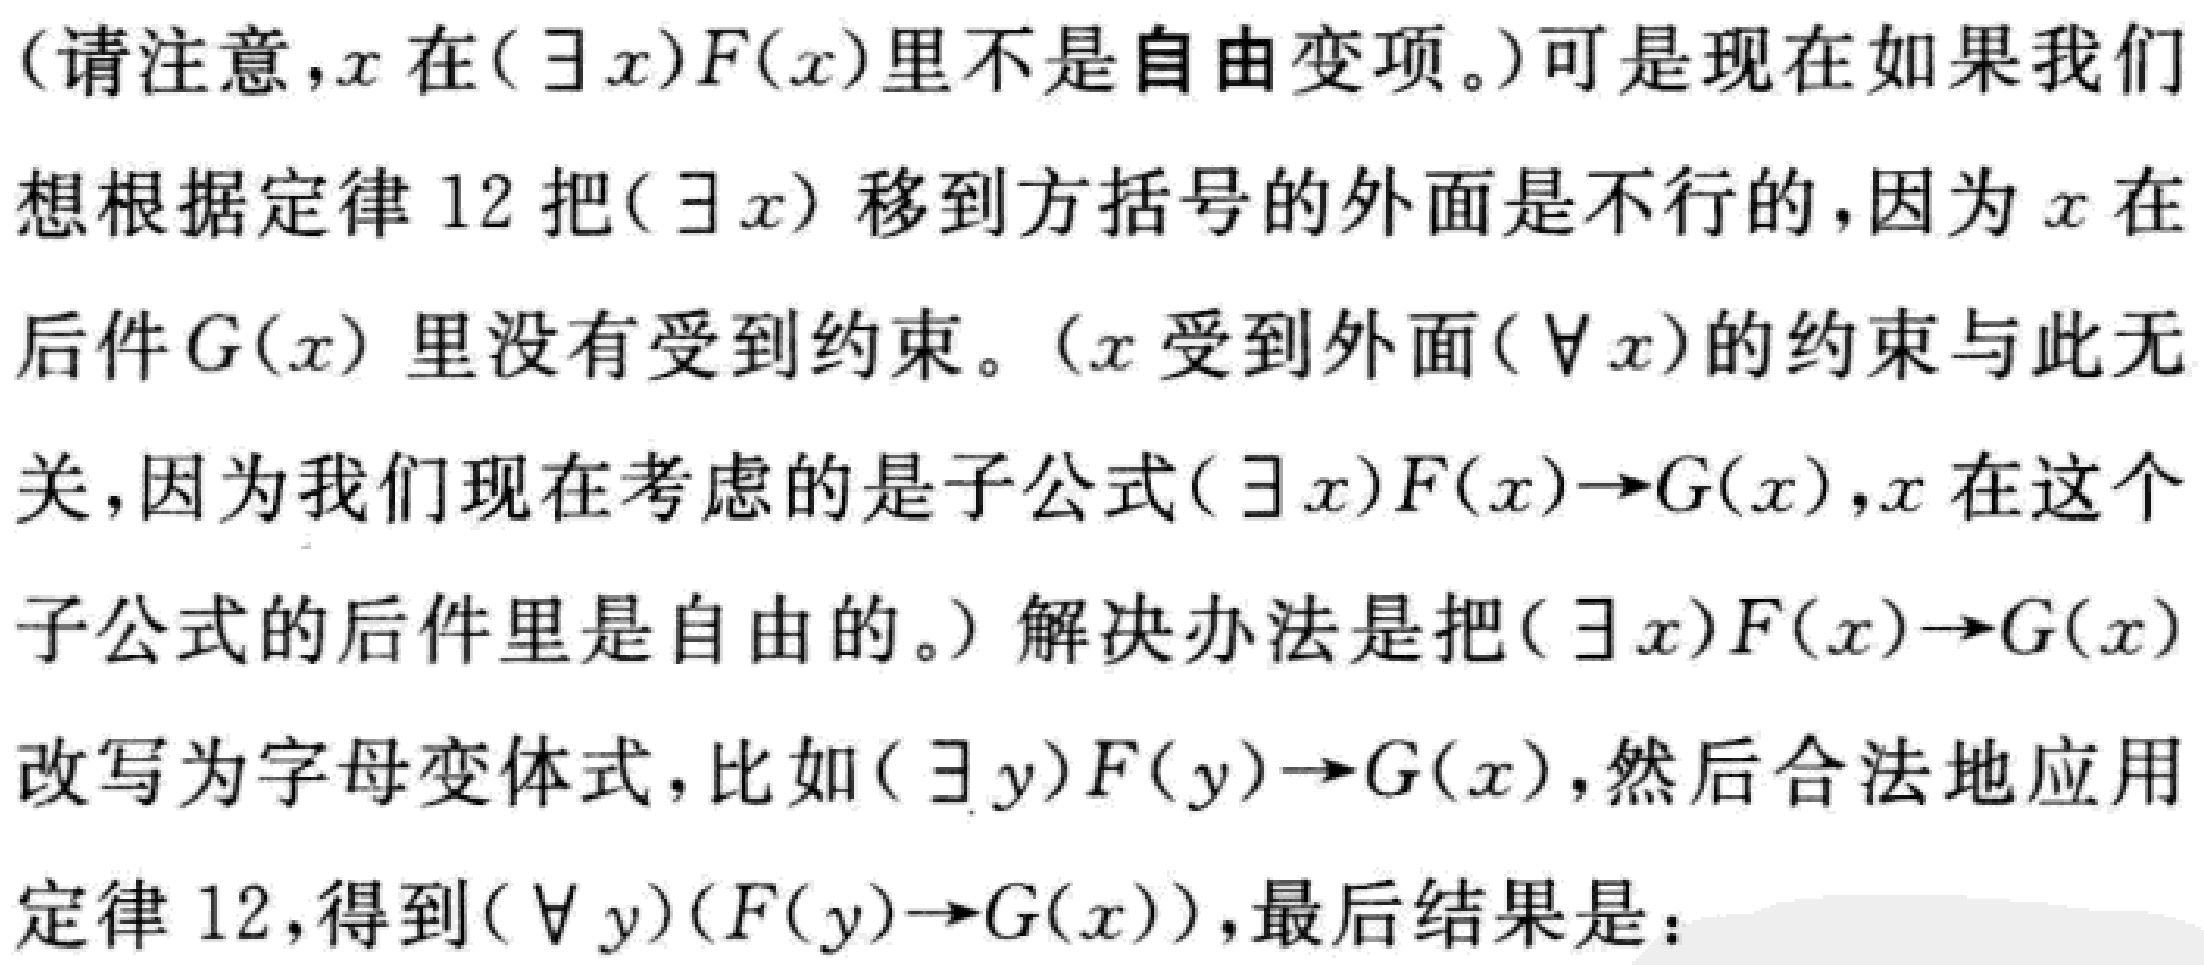
（请注意，\(x\)在\((\exists x)F(x)\)里不是自由变项。）可是现在如果我们想根据定律12把\((\exists x)\)移到方括号的外面是不行的，因为\(x\)在后件\(G(x)\)里没有受到约束。（\(x\)受到外面\((\forall x)\)的约束与此无关，因为我们现在考虑的是子公式\((\exists x)F(x)\to G(x)\)，\(x\)在这个子公式的后件里是自由的。）解决办法是把\((\exists x)F(x)\to G(x)\)改写为字母变体式，比如\((\exists y)F(y)\to G(x)\)，然后合法地应用定律12，得到\((\forall y)(F(y)\to G(x))\)，最后结果是：